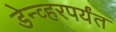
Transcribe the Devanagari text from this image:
डेन्व्हरपर्यंत